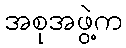
အစုအဖွဲ့က